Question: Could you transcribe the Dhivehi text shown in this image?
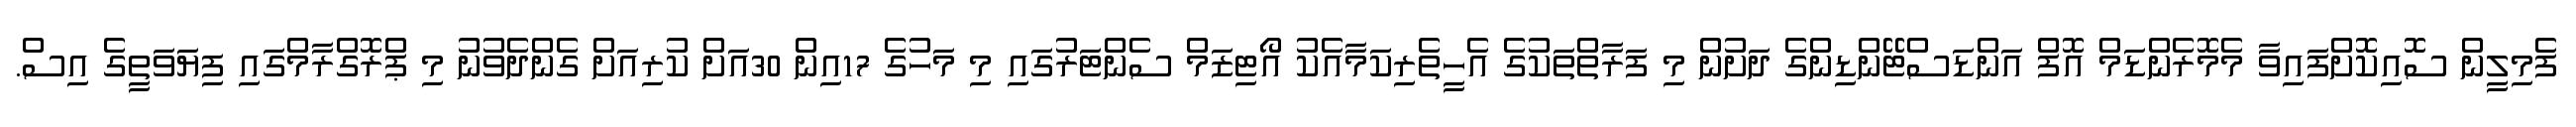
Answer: ފެމިލީން ސޮއިކޮށްފައިވާ މެމޮރެންޑަމް އޮފް އަންޑަސްޓޭންޑިންގެ ދަށުން މި ފަރާތްތަކުގެ އެހީތެރިކަމާއެކު އޯޓިޒަމް ސެންޓަރުގައި މި މަހުގެ 17އިން 30އަށް ކުރިއަށް ގެންދެވުނު މި ޕްރޮގްރާމްގައި ފިޔަވަތީގެ އިސް.